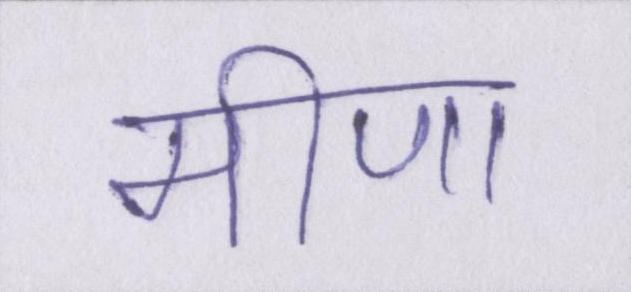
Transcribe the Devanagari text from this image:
मीणा